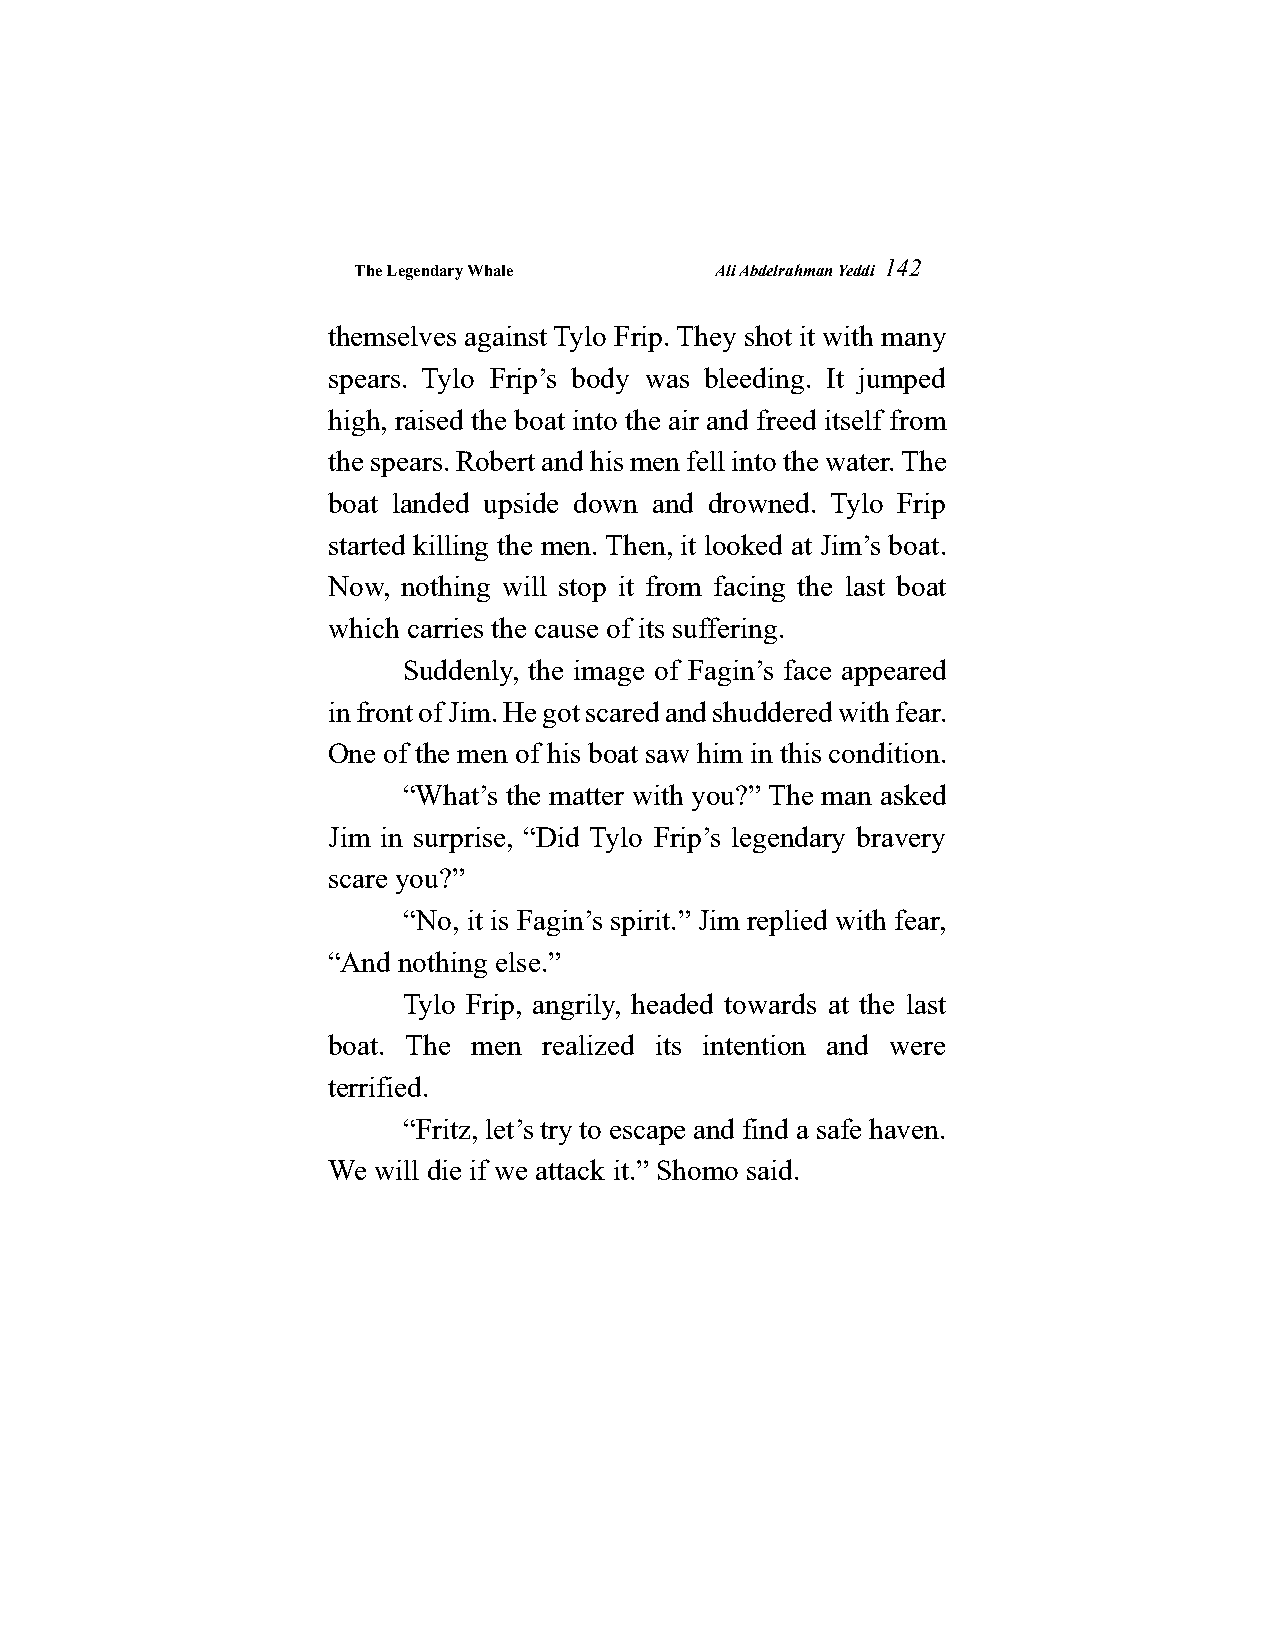
The Legendary Whale     Ali Abdelrahman Yeddi
 142
 themselves against Tylo Frip. They shot it with many
 spears. Tylo Frip’s body was bleeding. It jumped
 high, raised the boat into the air and freed itself from
 the spears. Robert and his men fell into the water. The
 boat landed upside down and drowned. Tylo Frip
 started killing the men. Then, it looked at Jim’s boat.
 Now, nothing will stop it from facing the last boat
 which carries the cause of its suffering.
 Suddenly, the image of Fagin’s face appeared
 in front of Jim. He got scared and shuddered with fear.
 One of the men of his boat saw him in this condition.
 “What’s the matter with you?” The man asked
 Jim in surprise, “Did Tylo Frip’s legendary bravery
 scare you?”
 “No, it is Fagin’s spirit.” Jim replied with fear,
 “And nothing else.”
 Tylo Frip, angrily, headed towards at the last
 boat. The men realized its intention and were
 terrified.
 “Fritz, let’s try to escape and find a safe haven.
 We will die if we attack it.” Shomo said.